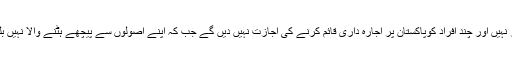
سابق وزیراعظم نے کہا کہ یہ ملک کسی کی جاگیر نہیں اور چند افراد کوپاکستان پر اجارہ داری قائم کرنے کی اجازت نہیں دیں گے جب کہ اپنے اصولوں سے پیچھے ہٹنے والا نہیں بلکہ ہر سازش اور ظلم وناانصافی کا مقابلہ کروں گا۔